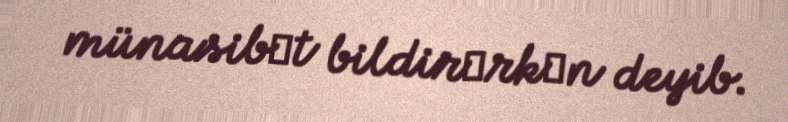
münasibәt bildirәrkәn deyib.